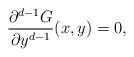
LaTeX: \begin{align*}\frac{\partial^{d-1} G}{\partial y^{d-1}} (x,y)=0,\end{align*}